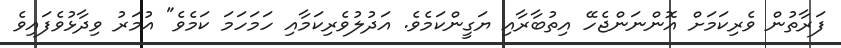
ފަރާތުން ވެރިކަމަށް އޮންނަންޖެހޭ އިތުބާރާއި ޔަގީންކަމެވެ. އަދުލުވެރިކަމާއި ހަމަހަމަ ކަމެވެ" އުމަރު ވިދާޅުވެފައިވެ